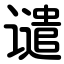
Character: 谴